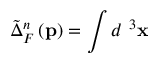
\tilde { \Delta } _ { F } ^ { n } \left( \mathbf { p } \right) = \int d ^ { \mathbf { \ } 3 } \mathbf { x }